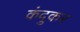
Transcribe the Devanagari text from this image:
कंदुकर